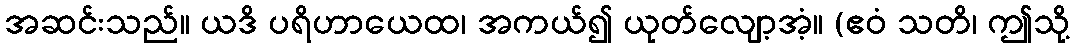
အဆင်းသည်။ ယဒိ ပရိဟာယေထ၊ အကယ်၍ ယုတ်လျော့အံ့။ (ဧဝံ သတိ၊ ဤသို့